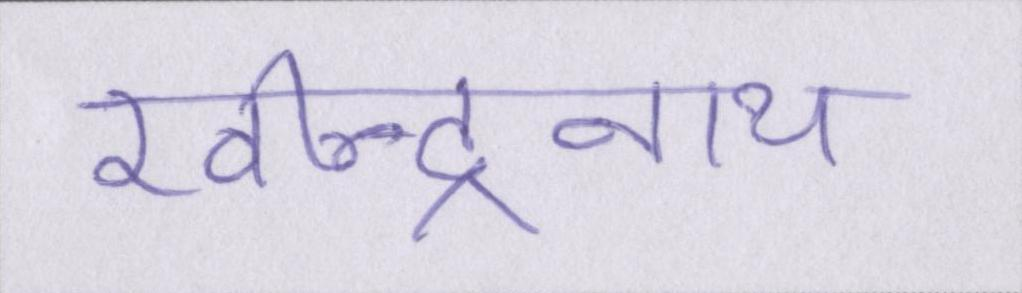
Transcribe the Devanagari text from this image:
रवीन्द्रनाथ